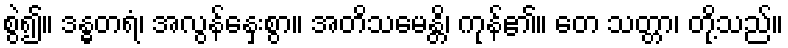
စွဲ၍။ ဒန္ဓတရံ၊ အလွန်နှေးစွာ။ အတိသမေန္တိ၊ ကုန်၏။ တေ သတ္တာ၊ တို့သည်။